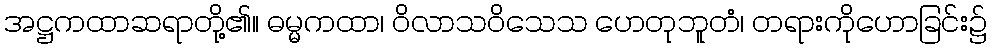
အဋ္ဌကထာဆရာတို့၏။ ဓမ္မကထာ၊ ဝိလာသဝိသေသ ဟေတုဘူတံ၊ တရားကိုဟောခြင်း၌